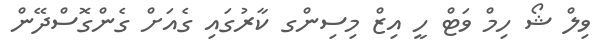
ވިލް ޝޯ ހިމް ވަޓް ހީ އިޒް މިސިންގ ކާރުގައި ގެއަށް ގެންގޮސްދޭން